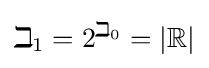
\beth _{1}=2^{\beth _{0}}=|\mathbb {R} |